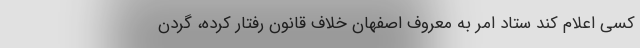
کسی اعلام کند ستاد امر به معروف اصفهان خلاف قانون رفتار کرده، گردن